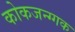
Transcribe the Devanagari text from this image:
कोकजन्ग्गक